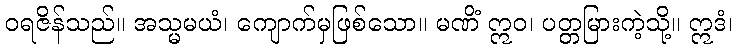
ဝရဇိန်သည်။ အသ္မမယံ၊ ကျောက်မှဖြစ်သော။ မဏိံ ဣဝ၊ ပတ္တမြားကဲ့သို့။ ဣဒံ၊